Indian journal of veterinary science and animal husbandry - Volume 13,
Year: 1943
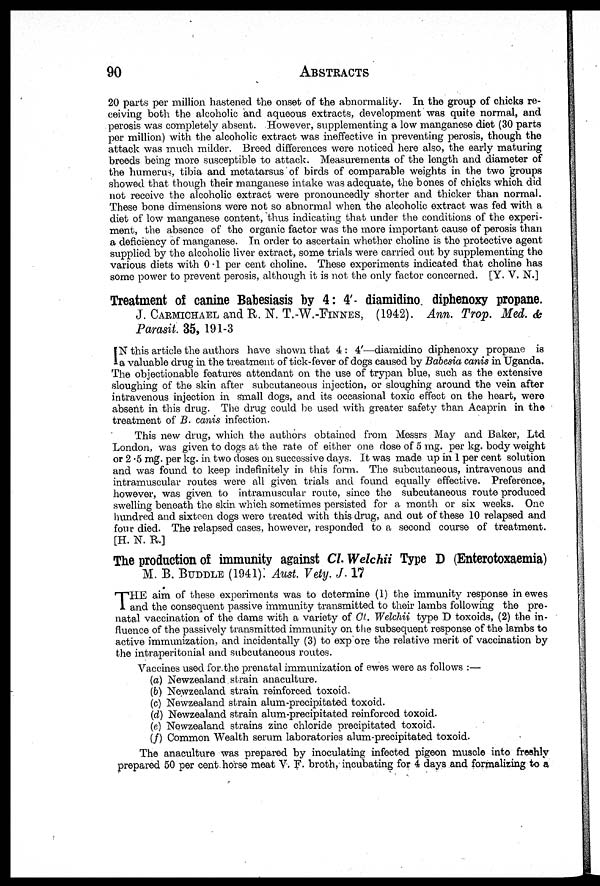
90
ABSTRACTS
20 parts per million hastened the onset of the abnormality. In the group of chicks re-
ceiving both the alcoholic and aqueous extracts, development was quite normal, and
perosis was completely absent. However, supplementing a low manganese diet (30 parts
per million) with the alcoholic extract was ineffective in preventing perosis, though the
attack was much milder. Breed differences were noticed here also, the early maturing
breeds being more susceptible to attack. Measurements of the length and diameter of
the humerus, tibia and metatarsus of birds of comparable weights in the two groups
showed that though their manganese intake was adequate, the bones of chicks which did
not receive the alcoholic extract were pronouncedly shorter and thicker than normal.
These bone dimensions were not so abnormal when the alcoholic extract was fed with a
diet of low manganese content, thus indicating that under the conditions of the experi-
ment, the absence of the organic factor was the more important cause of perosis than
a deficiency of manganese. In order to ascertain whether choline is the protective agent
supplied by the alcoholic liver extract, some trials were carried out by supplementing the
various diets with 0.1 per cent choline. These experiments indicated that choline has
some power to prevent perosis, although it is not the only factor concerned. [Y. V. N.]
Treatment of canine Babesiasis by 4 : 4'- diamidino diphenoxy propane.
J. CARMICHAEL and R. N. T.W.FINNES, (1942). Ann. Trop. Med. &
Parasit. 35, 191-3
I N this article the authors have shown that 4 : 4'—diamidino diphenoxy propane is
a valuable drug in the treatment of tick-fever of dogs caused by Babesia canis in Uganda.
The objectionable features attendant on the use of trypan blue, such as the extensive
sloughing of the skin after subcutaneous injection, or sloughing around the vein after
intravenous injection in small dogs, and its occasional toxic effect on the heart, were
absent in this drug. The drug could be used with greater safety than Acaprin in the
treatment of B. canis infection.
This new drug, which the authors obtained from Messrs May and Baker, Ltd
London, was given to dogs at the rate of either one dose of 5 mg. per kg. body weight
or 2.5 mg. per kg. in two doses on successive days. It was made up in 1 per cent solution
and was found to keep indefinitely in this form. The subcutaneous, intravenous and
intramuscular routes were all given trials and found equally effective. Preference,
however, was given to intramuscular route, since the subcutaneous route produced
swelling beneath the skin which sometimes persisted for a month or six weeks. One
hundred and sixteen dogs were treated with this drug, and out of these 10 relapsed and
four died. The relapsed cases, however, responded to a second course of treatment.
[H. N. R.]
The production of immunity against Cl. Welchii Type D (Enterotoxaemia)
M. B. BUDDLE (1941). Aust. Vety. J. 17
T HE aim of these experiments was to determine (1) the immunity response in ewes
and the consequent passive immunity transmitted to their lambs following the pre-
natal vaccination of the dams with a variety of Cl. Welchii type D toxoids, (2) the in-
fluence of the passively transmitted immunity on the subsequent response of the lambs to
active immunization, and incidentally (3) to exp ore the relative merit of vaccination by
the intraperitonial and subcutaneous routes.
Vaccines used for the prenatal immunization of ewes were as follows :—
(a) Newzealand strain anaculture.
(b) Newzealand strain reinforced toxoid.
(c) Newzealand strain alum-precipitated toxoid.
(d) Newzealand strain alum-precipitated reinforced toxoid.
(e) Newzealand strains zinc chloride precipitated toxoid.
(f) Common Wealth serum laboratories alum-precipitated toxoid.
The anaculture was prepared by inoculating infected pigeon muscle into freshly
prepared 50 per cent horse meat V. F. broth, incubating for 4 days and formalizing to a